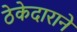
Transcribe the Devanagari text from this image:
ठेकेदाराने